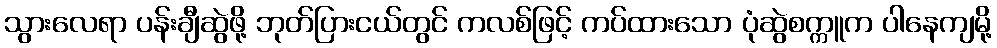
သွားလေရာ ပန်းချီဆွဲဖို့ ဘုတ်ပြားငယ်တွင် ကလစ်ဖြင့် ကပ်ထားသော ပုံဆွဲစက္ကူက ပါနေကျမို့